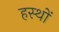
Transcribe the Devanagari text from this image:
हस्थों